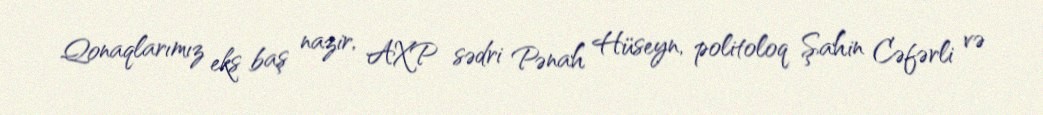
Qonaqlarımız eks baş nazir, AXP sədri Pənah Hüseyn, politoloq Şahin Cəfərli və